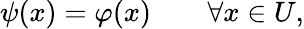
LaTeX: \psi(x)=\varphi(x)\qquad\forall x\in U,